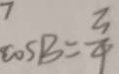
\cos B = \frac { 3 } { 4 }